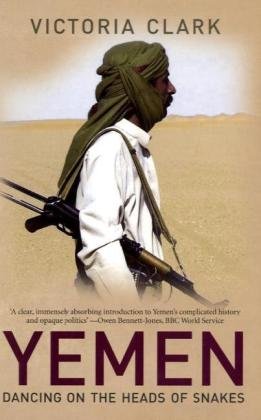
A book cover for Yemen: Dancing on the Heads of Snakes; Victoria Clark; History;